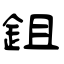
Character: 鉏